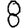
Digit: 8